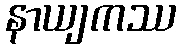
နာယျကဿ